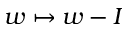
w \mapsto w - I